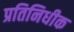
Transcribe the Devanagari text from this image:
प्रतिनिधीक